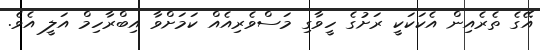
އޭގެ ތެރެއިން އެކަކަކީ ރަށުގެ ހީވާގި މަސްވެރިއެއް ކަމަށްވާ އިބްރާހިމް އަލީ އެވެ.